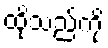
ထိုသည်ကို